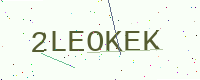
Text: 2LEOKEK